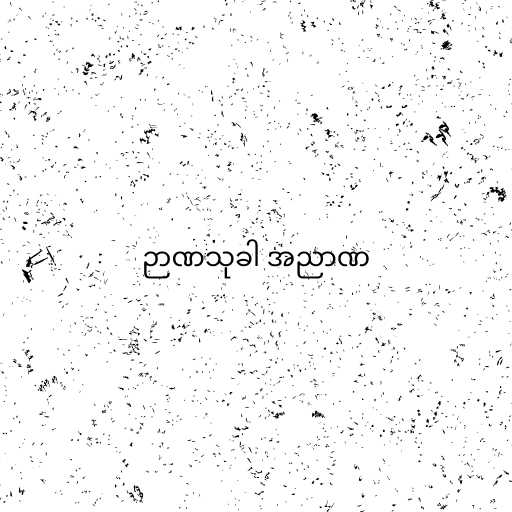
ဉာဏသုခါ အညာဏ